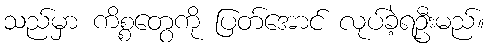
သည်မှာ ကိစ္စတွေကို ပြတ်အောင် လုပ်ခဲ့ရဦးမည်။